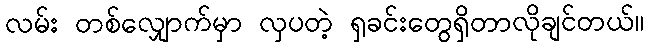
လမ်း တစ်လျှောက်မှာ လှပတဲ့ ရှခင်းတွေရှိတာလိုချင်တယ်။